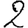
Digit: 2